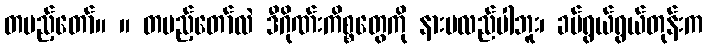
တပည့်တော်။ ။ တပည့်တော်လဲ ဒီဂိုဏ်းကိစ္စတွေကို နားမလည်ပါဘူး၊ ခပ်ရွယ်ရွယ်တုန်းက